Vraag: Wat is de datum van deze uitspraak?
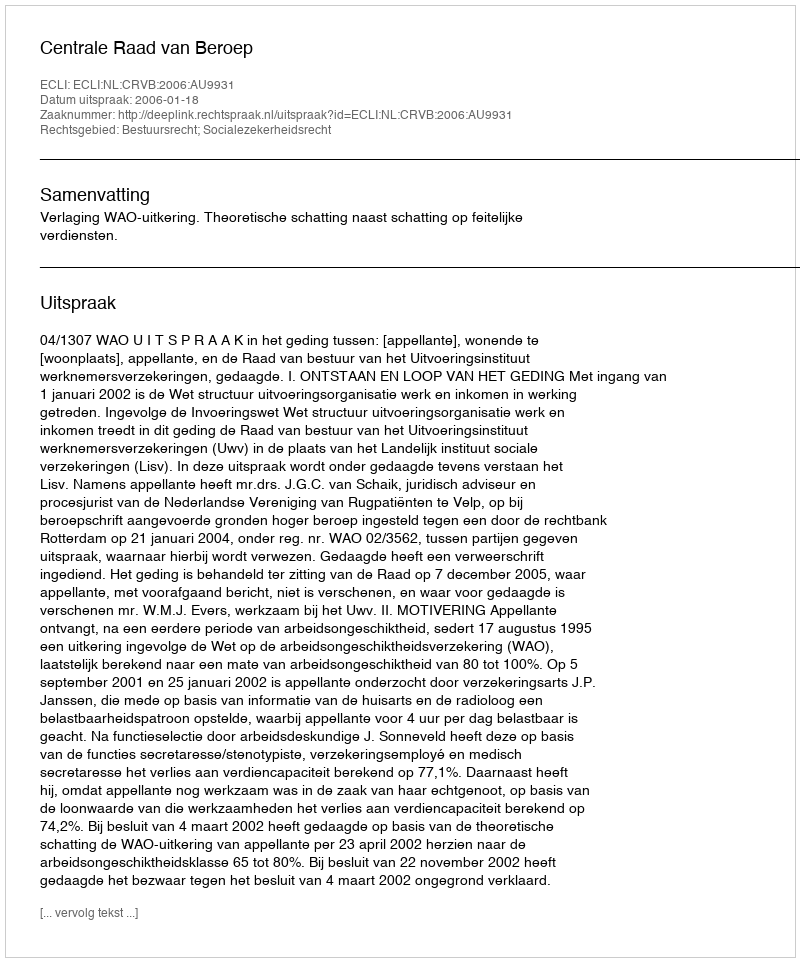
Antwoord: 2006-01-18